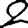
Digit: 2